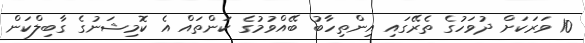
10 ވަރަކަށް ދުވަހުގެ ތެރޭގައި އިންތިހާބު ބޭއްވުމުގެ ކަންތައް އެ ކޮމިޝަނުގެ ގާބިލްކަން